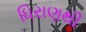
ધિરાણથી